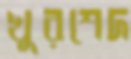
খুরশেদ